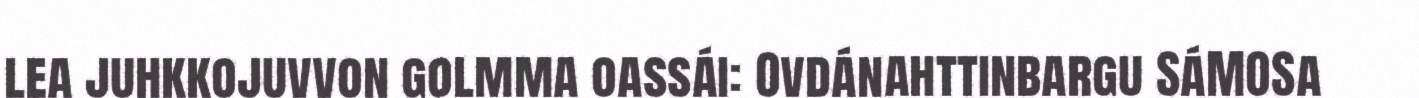
lea juhkkojuvvon golmma oassái: Ovdánahttinbargu SáMOSa